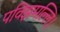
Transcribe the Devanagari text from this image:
पविझमल्लि।